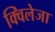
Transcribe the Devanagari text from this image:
क्विलेजा